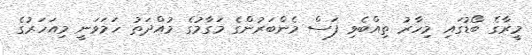
މީރާގެ ބޯޑުގައި މިހާރު ތިއްބެވި ފަސް މެންބަރުންގެ މަގާމުގެ މުއްދަތު ހަމަވަނީ މިއަހަރުގެ